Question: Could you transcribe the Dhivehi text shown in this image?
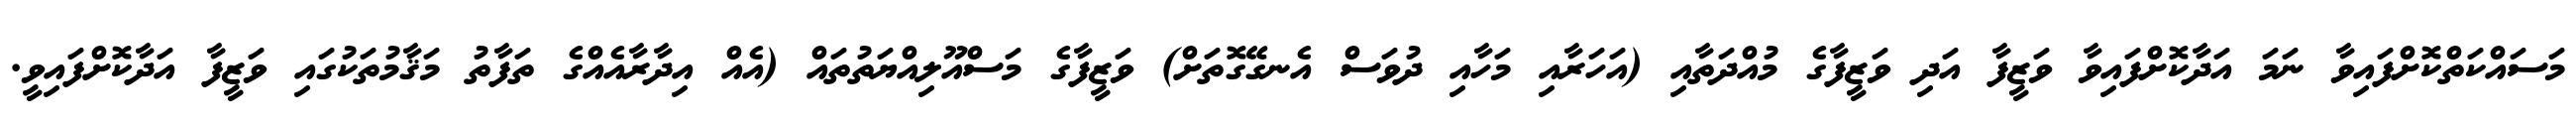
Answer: މަސައްކަތްކޮށްފައިވާ ނަމަ އަދާކޮށްފައިވާ ވަޒީފާ އަދި ވަޒީފާގެ މުއްދަތާއި (އަހަރާއި މަހާއި ދުވަސް އެނގޭގޮތަށް) ވަޒީފާގެ މަސްއޫލިއްޔަތުތައް (އެއް އިދާރާއެއްގެ ތަފާތު މަޤާމުތަކުގައި ވަޒީފާ އަދާކޮށްފައިވީ.